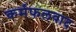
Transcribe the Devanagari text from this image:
कर्मफलवाद